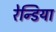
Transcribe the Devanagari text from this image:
रेन्डिया